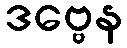
ဒဗ္ဗေန